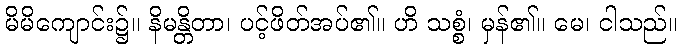
မိမိကျောင်း၌။ နိမန္တိတာ၊ ပင့်ဖိတ်အပ်၏။ ဟိ သစ္စံ၊ မှန်၏။ မေ၊ ငါသည်။